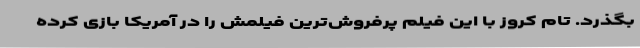
بگذرد. تام کروز با این فیلم پرفروش‌ترین فیلمش را در آمریکا بازی کرده